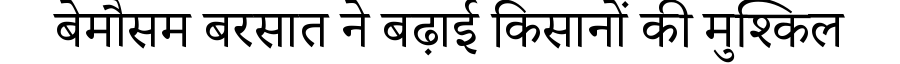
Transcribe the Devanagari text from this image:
बेमौसम बरसात ने बढ़ाई किसानों की मुश्किल